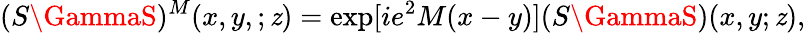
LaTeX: (S\GammaS)^{M}(x,y,;\mathit{z})=\exp[ie^{2}M(x-y)](S\GammaS)(x,y;\mathit{z}),